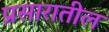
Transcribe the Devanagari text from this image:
प्रसारातील